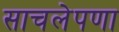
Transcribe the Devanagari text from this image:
साचलेपणा